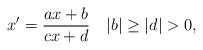
LaTeX: \begin{align*}x'=\frac{ax+b}{cx+d}\quad|b|\ge|d|>0,\end{align*}